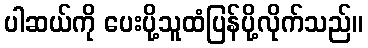
ပါဆယ်ကို ပေးပို့သူထံပြန်ပို့လိုက်သည်။